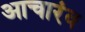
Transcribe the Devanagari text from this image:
आचारंव